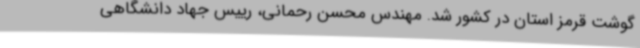
گوشت قرمز استان در کشور شد. مهندس محسن رحمانی، رییس جهاد دانشگاهی